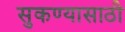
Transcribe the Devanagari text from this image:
सुकण्यासाठी